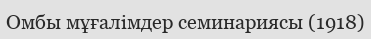
Омбы мұғалімдер семинариясы (1918)